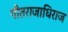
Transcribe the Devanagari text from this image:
गीतराजाधिराज